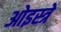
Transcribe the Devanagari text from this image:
ओइस्त्रे